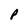
Character: p